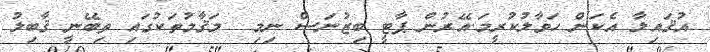
އުޤައިލާ އެކަން ހަވާލުކުރީމަ.އޭރުން ޕާޓީ ބިޒުނަސް ނިމި  މަޤާމުތަކުގައި ތިބޭނީ ޤާބިލު